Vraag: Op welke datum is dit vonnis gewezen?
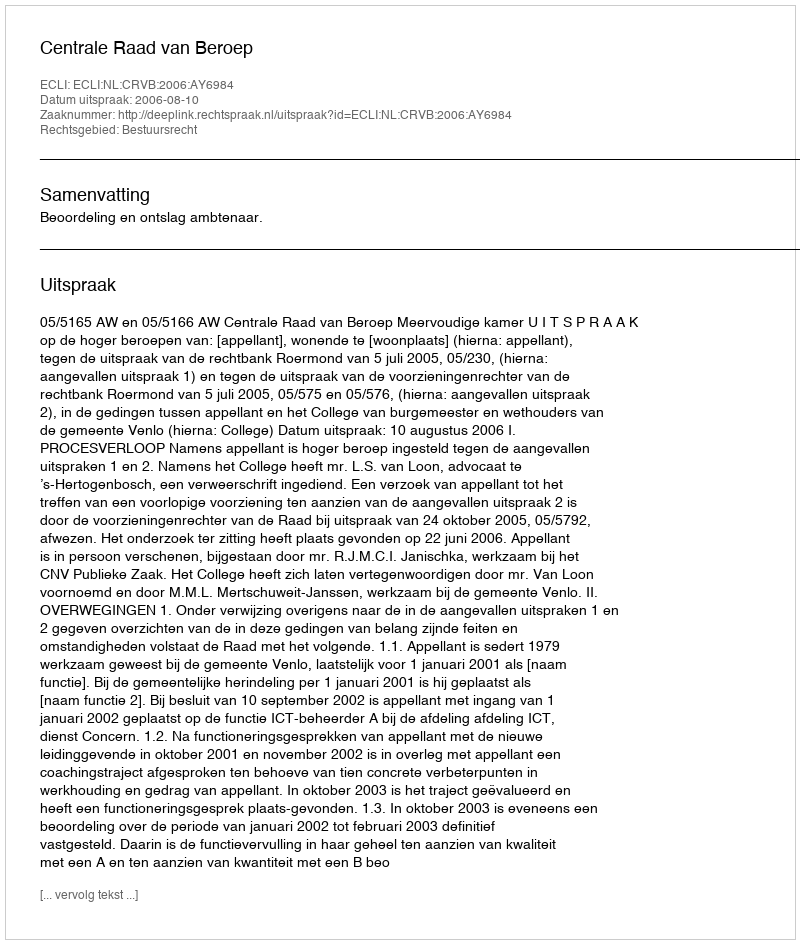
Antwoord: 2006-08-10